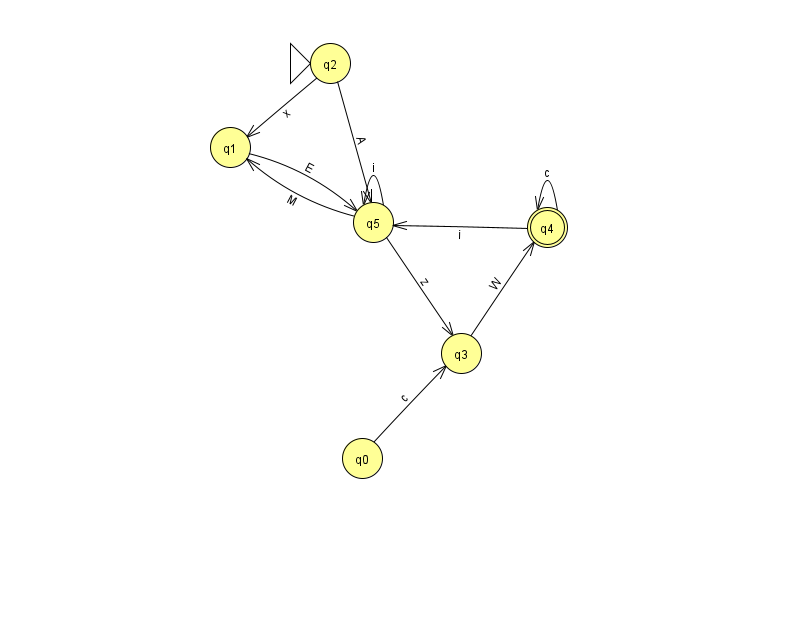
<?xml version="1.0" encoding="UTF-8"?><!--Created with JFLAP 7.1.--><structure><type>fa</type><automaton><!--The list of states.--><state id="0" name="q0"><x>362.0</x><y>445.0</y></state><state id="1" name="q1"><x>230.0</x><y>134.0</y></state><state id="2" name="q2"><x>330.0</x><y>50.0</y><initial/></state><state id="3" name="q3"><x>461.0</x><y>340.0</y></state><state id="4" name="q4"><x>547.0</x><y>214.0</y><final/></state><state id="5" name="q5"><x>373.0</x><y>209.0</y></state><!--The list of transitions.--><transition><from>3</from><to>4</to><read>W</read></transition><transition><from>5</from><to>1</to><read>M</read></transition><transition><from>4</from><to>4</to><read>c</read></transition><transition><from>5</from><to>3</to><read>z</read></transition><transition><from>4</from><to>5</to><read>i</read></transition><transition><from>1</from><to>5</to><read>E</read></transition><transition><from>2</from><to>5</to><read>A</read></transition><transition><from>5</from><to>5</to><read>i</read></transition><transition><from>0</from><to>3</to><read>c</read></transition><transition><from>2</from><to>1</to><read>x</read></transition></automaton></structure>